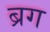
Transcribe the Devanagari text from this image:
ब्रग